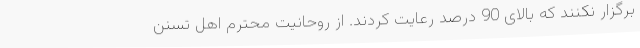
برگزار نکنند که بالای 90 درصد رعایت کردند. از روحانیت محترم اهل تسنن